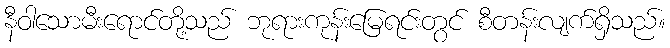
နီဝါသောမီးရောင်တို့သည် ဘုရားကုန်းမြေရင်းတွင် စီတန်းလျက်ရှိသည်။